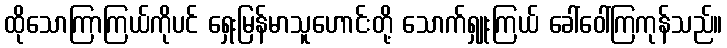
ထိုသောကြာကြယ်ကိုပင် ရှေးမြန်မာသူဟောင်းတို့ သောက်ရှူးကြယ် ခေါ်ဝေါ်ကြကုန်သည်။